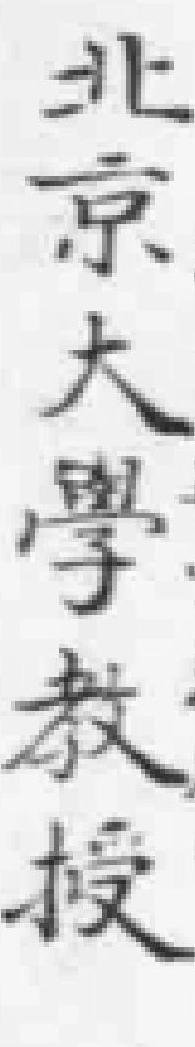
北京大學教授